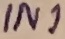
Text: IN1